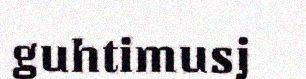
guhtimusj